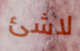
لاشئ